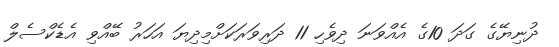
ދުނިޔޭގެ ގަދަ 10ގެ އެއްވަނަ ދިވެހި 11 ދަރިވަރަކަށްމިދިޔަ އަހަރު ބޭއްވި އެޑެކްސެލް